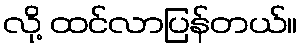
လို့ ထင်လာပြန်တယ်။